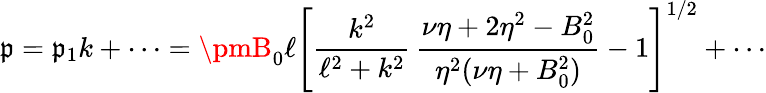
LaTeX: \mathfrak{p}=\mathfrak{p}_{1}k+\cdots=\pmB_{0}\ell\left[\frac{{k^{2}}}{{\ell^{2}+k^{2}}}\, \frac{{\nu\eta+2\eta^{2}-B_{0}^{2}}}{{\eta^{2}(\nu\eta+B_{0}^{2})}}-1\right]^{1/2}+\cdots